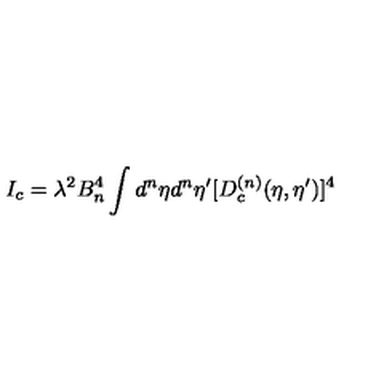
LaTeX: I _ { c } = \lambda ^ { 2 } B _ { n } ^ { 4 } \int d ^ { n } { \eta } d ^ { n } { \eta ^ { \prime } } [ D _ { c } ^ { ( n ) } ( \eta , { \eta } ^ { \prime } ) ] ^ { 4 }